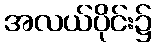
အလယ်ပိုင်း၌